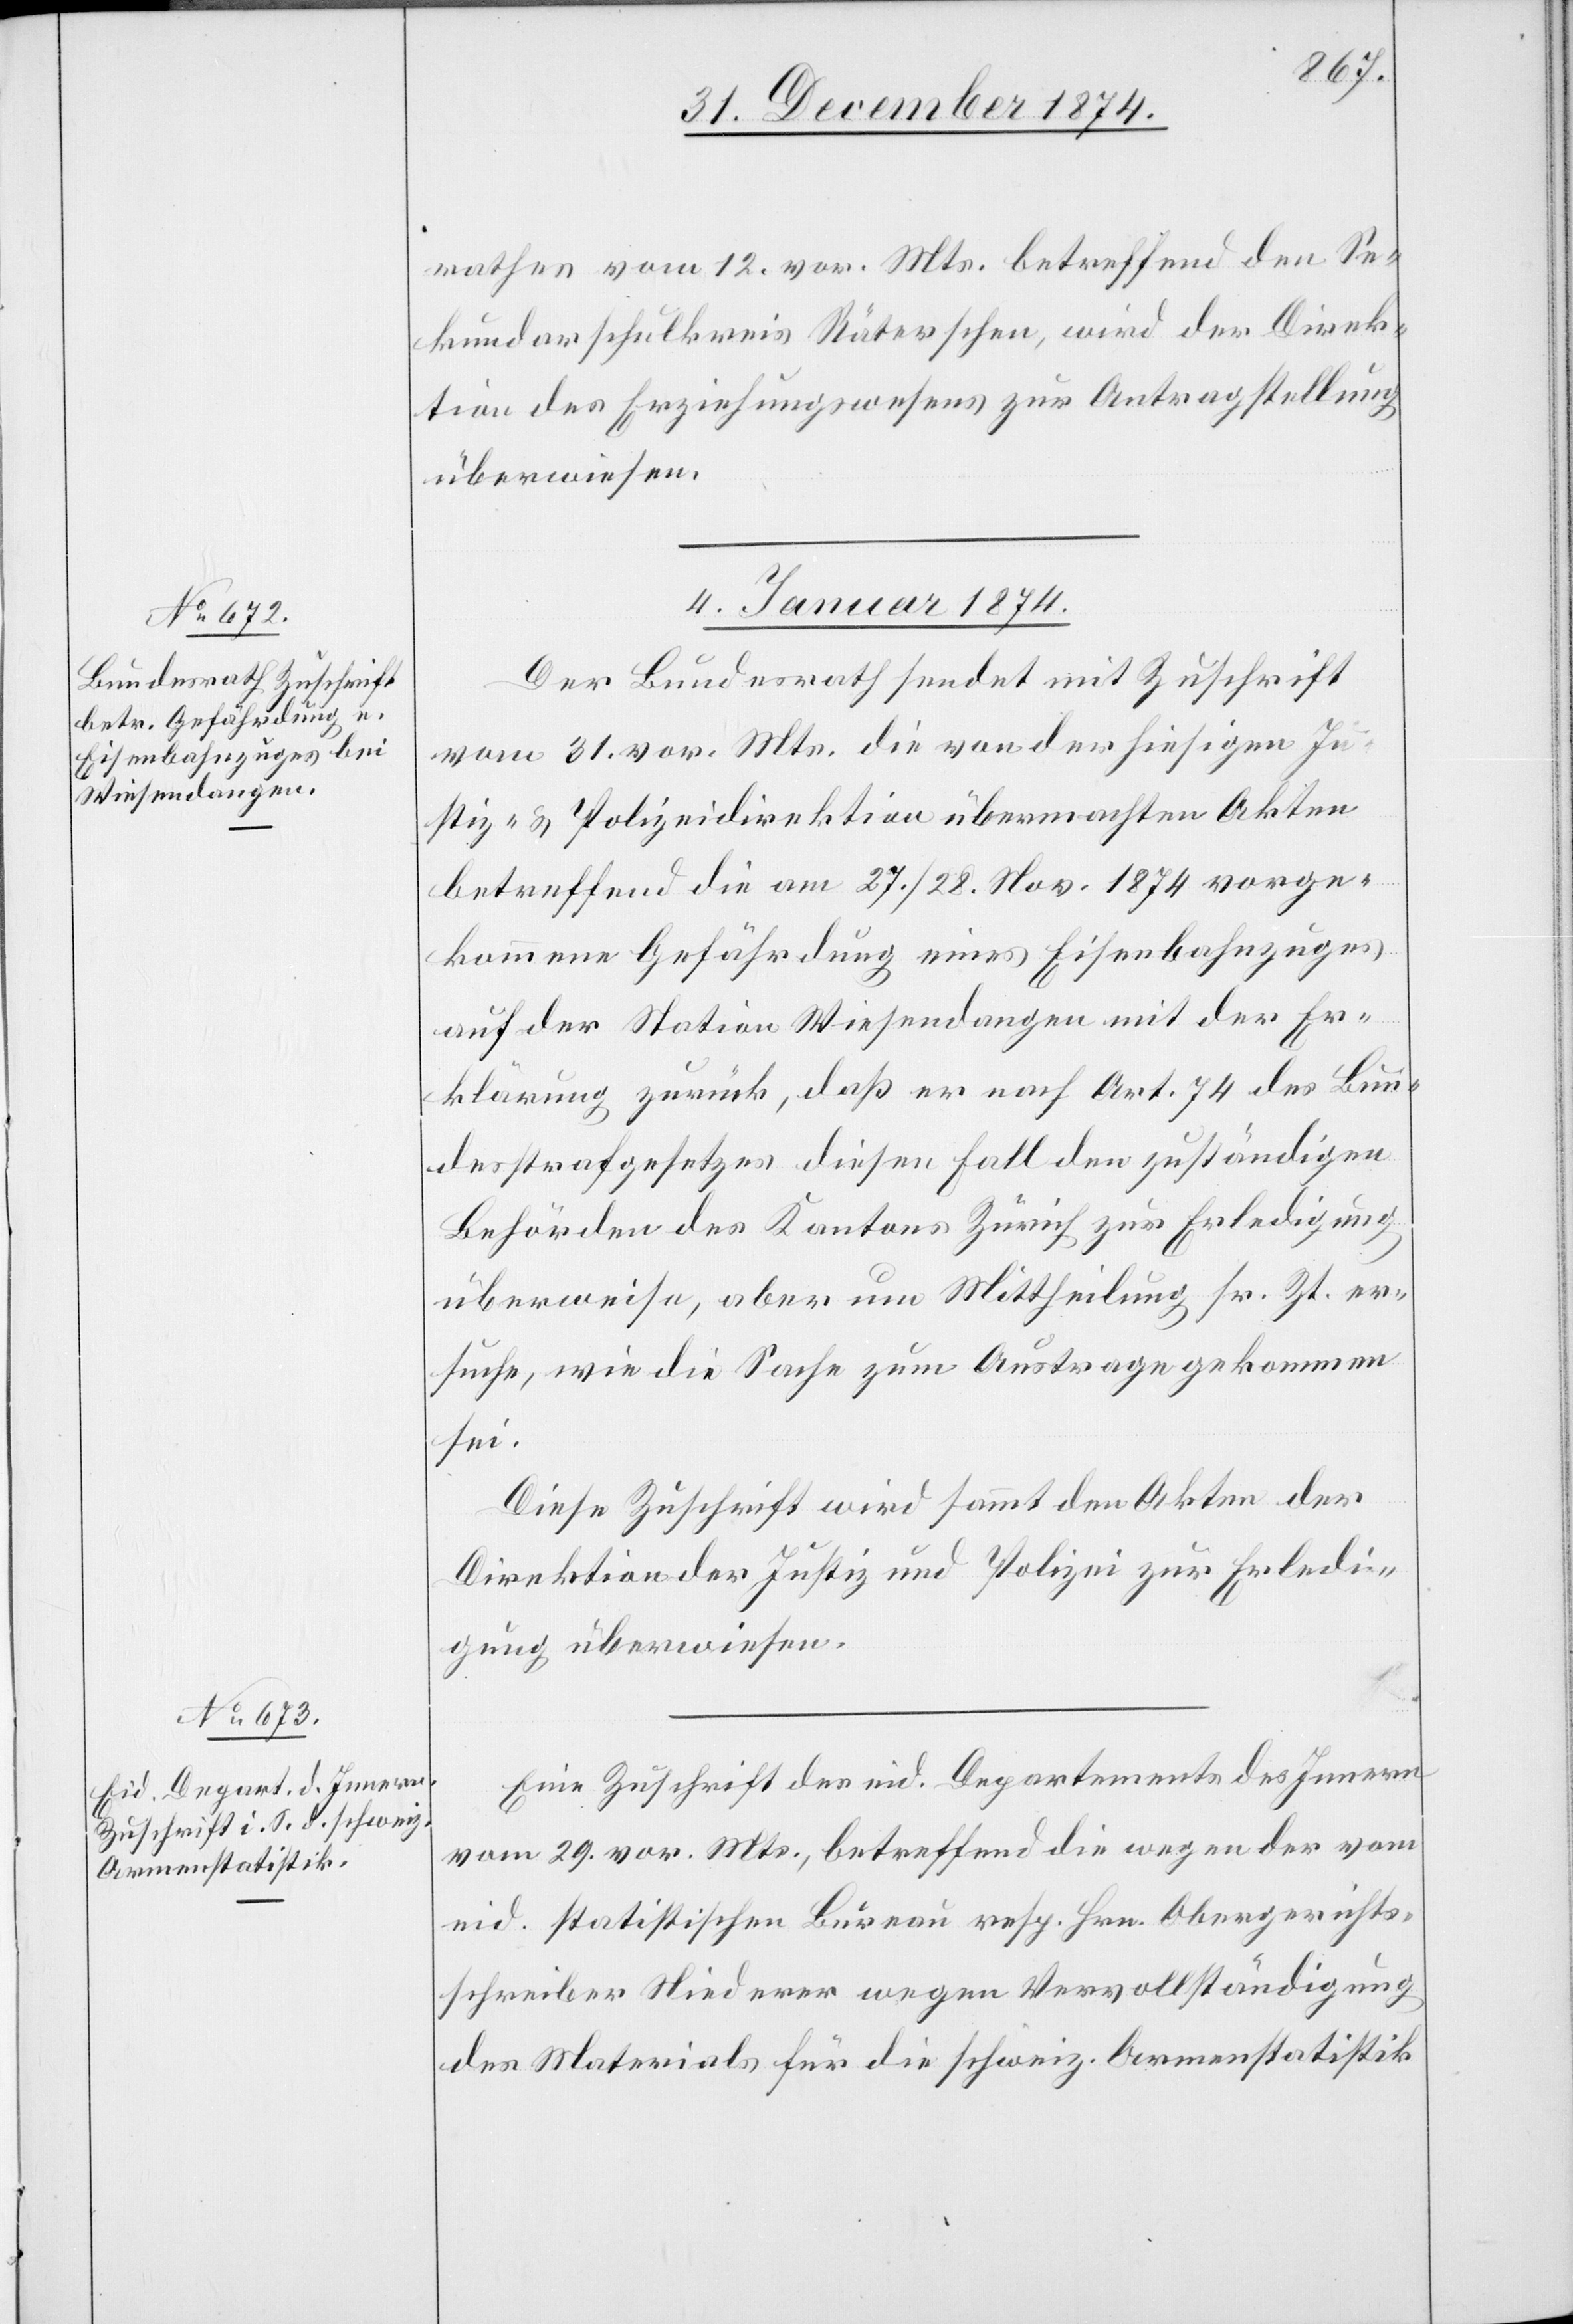
rathes vom 12. vor. Mts. betreffend den Se¬
kundarschulkreis Räterschen, wird der Direk¬
tion des Erziehungswesens zur Antragstellung
überwiesen.
4. Januar 1875.]
Der Bundesrath sendet mit Zuschrift
vom 31. vor. Mts. die von der hiesigen Ju¬
stiz- & Polizeidirektion übermachten Akten
betreffend die am 27./28. Nov. 1874 vorge¬
kommene Gefährdung eines Eisenbahnzuges
auf der Station Wiesendangen mit der Er¬
klärung zurück, daß er nach Art. 74 des Bun¬
desstrafgesetzes diesen Fall den zuständigen
Behörden des Kantons Zürich zur Erledigung
überweise, aber um Mittheilung sr. Zt. er¬
suche, wie die Sache zum Austrage gekommen
sei.
Diese Zuschrift wird sammt den Akten der
Direktion der Justiz und Polizei zur Erledi¬
gung überwiesen.
Eine Zuschrift des eid. Departements des Innern
vom 29. vor. Mts., betreffend die wegen der vom
eid. statistischen Bureau resp. Hrn. Obergerichts¬
schreiber Niederer wegen Vervollständigung
des Materials für die schweiz. Armenstatistik